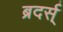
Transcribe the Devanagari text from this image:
ब्रदर्स्